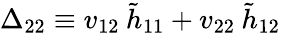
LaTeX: \Delta_{22}\equiv v_{12}\: \tilde{h}_{11}+v_{22}\: \tilde{h}_{12}